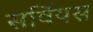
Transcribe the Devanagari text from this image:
सर्वियस